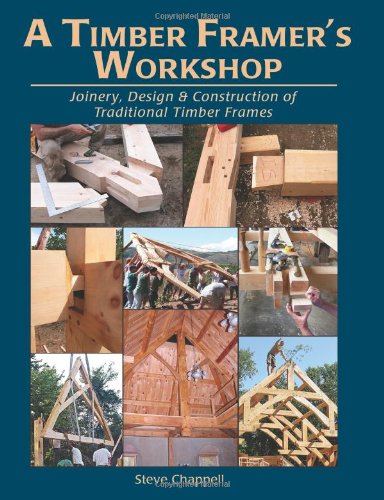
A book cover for A Timber Framer's Workshop: Joinery, Design & Construction of Traditional Timber Frames; Steve Chappell; Engineering & Transportation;